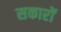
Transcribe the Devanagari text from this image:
सकारों